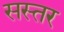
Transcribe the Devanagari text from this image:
सस्तर